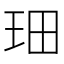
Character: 𤤦